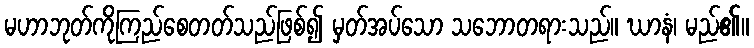
မဟာဘုတ်ကိုကြည်စေတတ်သည်ဖြစ်၍ မှတ်အပ်သော သဘောတရားသည်။ ဃာနံ၊ မည်၏။